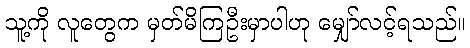
သူ့ကို လူတွေက မှတ်မိကြဦးမှာပါဟု မျှော်လင့်ရသည်။